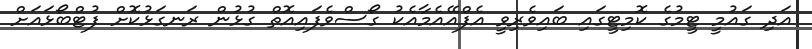
އަދި ގައުމީ ޓީމުގެ ކޮމިޓީގައި ބައިވެރިވީ އެފްއޭއެމާއެކު ގޯސްވެފައިއޮތް ގުޅުން ރަނގަޅުކޮށް ފުޓްބޯޅައަށް